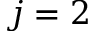
j = 2